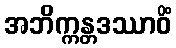
အဘိက္ကန္တဒဿာဝိံ